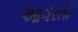
આવરતો